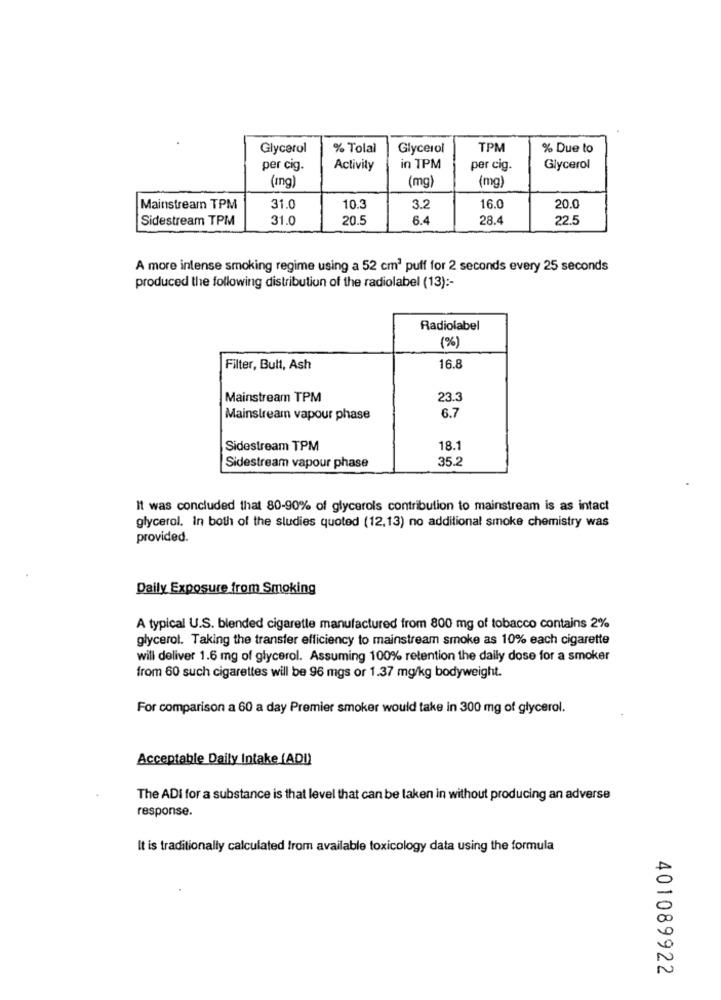
Glycerol
% Tolal
Glycerol
TPM
% Due to
per cig.
Activity
in TPM
per cig.
Glycerol
(mg)
(Ing)
(mg)
Mainstream TPM
31.0
10.3
32
16.0
20.0
Sidestream TPM
31.0
20.5
6.4
28.4
22.5
A more intense smoking regime using a 52 cm3 puff for 2 seconds every 25 seconds
produced the following distribution of the radiolabel (13) :-
Radiolabel
(%)
Filter, Bult, Ash
16.8
Mainstream TPM
23.3
6.7
Mainstream vapour phase
Sidestream TPM
18.1
35.2
Sidestream vapour phase
It was concluded that 80-90% of glycerols contribution to mainstream is as intact
glycerol. In both of the sludies quoted (12,13) no additional smoke chemistry was
provided.
Daily Exposure from Smoking
A typical U.S. blended cigarette manufactured from 800 mg of tobacco contains 2%
glycerol. Taking the transfer efficiency to mainstream smoke as 10% each cigarette
will deliver 1.6 mg of glycerol. Assuming 100% retention the daily dose for a smoker
from 60 such cigarettes will be 96 mgs or 1.37 mg/kg bodyweight.
For comparison a 60 a day Premier smoker would take in 300 mg of glycerol.
Acceptable Daily Intake (AD)
The ADI for a substance is that level that can be taken in without producing an adverse
response.
It is traditionally calculated from available toxicology data using the formula
401089922